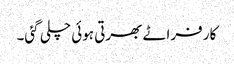
کار فراٹے بھرتی ہوئی چلی گئی۔